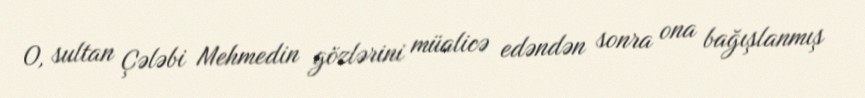
O, sultan Çələbi Mehmedin gözlərini müalicə edəndən sonra ona bağışlanmış